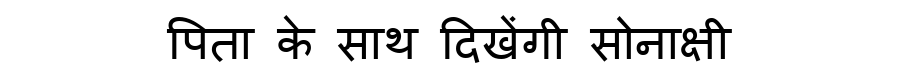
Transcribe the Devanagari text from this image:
पिता के साथ दिखेंगी सोनाक्षी